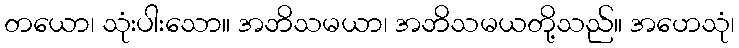
တယော၊ သုံးပါးသော။ အဘိသမယာ၊ အဘိသမယတို့သည်။ အဟေသုံ၊